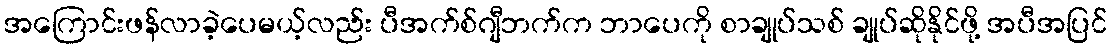
အကြောင်းဖန်လာခဲ့ပေမယ့်လည်း ပီအက်စ်ဂျီဘက်က ဘာပေကို စာချုပ်သစ် ချုပ်ဆိုနိုင်ဖို့ အပီအပြင်